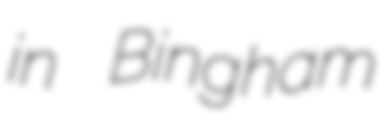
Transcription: in Bingham